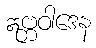
ဣဗ္ဘဝါဒေန